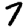
Digit: 7